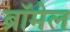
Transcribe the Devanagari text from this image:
ब्रॉमेल